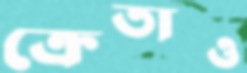
ক্রেতাও